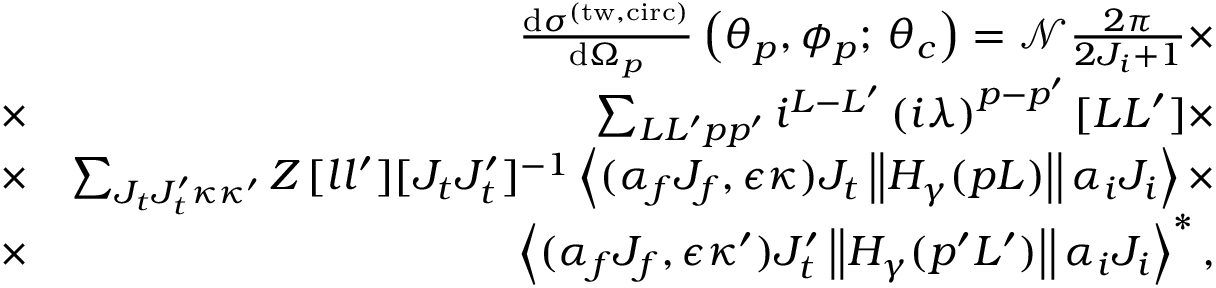
\begin{array} { r l r } & { } & { \frac { \mathrm { d } \sigma ^ { \mathrm { ( t w , c i r c ) } } } { \mathrm { d } \Omega _ { p } } \left( \theta _ { p } , \phi _ { p } ; \, \theta _ { c } \right) = \mathcal { N } \frac { 2 \pi } { 2 J _ { i } + 1 } \times } \\ & { \times } & { \sum _ { L L ^ { \prime } p p ^ { \prime } } i ^ { L - L ^ { \prime } } \left( i \lambda \right) ^ { p - p ^ { \prime } } [ L L ^ { \prime } ] \times } \\ & { \times } & { \sum _ { J _ { t } J _ { t } ^ { \prime } \kappa \kappa ^ { \prime } } { \cal Z } \, [ l l ^ { \prime } ] [ J _ { t } J _ { t } ^ { \prime } ] ^ { - 1 } \left\langle ( \alpha _ { f } J _ { f } , \epsilon \kappa ) J _ { t } \left\vert \left\vert H _ { \gamma } ( p L ) \right\vert \right\vert \alpha _ { i } J _ { i } \right\rangle \times } \\ & { \times } & { \left\langle ( \alpha _ { f } J _ { f } , \epsilon \kappa ^ { \prime } ) J _ { t } ^ { \prime } \left\vert \left\vert H _ { \gamma } ( p ^ { \prime } L ^ { \prime } ) \right\vert \right\vert \alpha _ { i } J _ { i } \right\rangle ^ { \ast } , } \end{array}